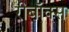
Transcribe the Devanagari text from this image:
रीबॉक्स